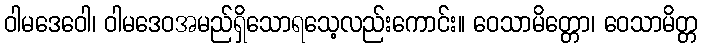
ဝါမဒေဝေါ၊ ဝါမဒေဝအမည်ရှိသောရသေ့လည်းကောင်း။ ဝေသာမိတ္တော၊ ဝေသာမိတ္တ